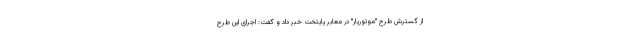
از گسترش طرح "موتوریار" در معابر پایتخت خبر داد و گفت: اجرای این طرح